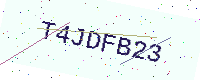
Text: T4JDFB23